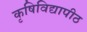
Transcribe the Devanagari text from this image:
कृषिविद्यापीठ